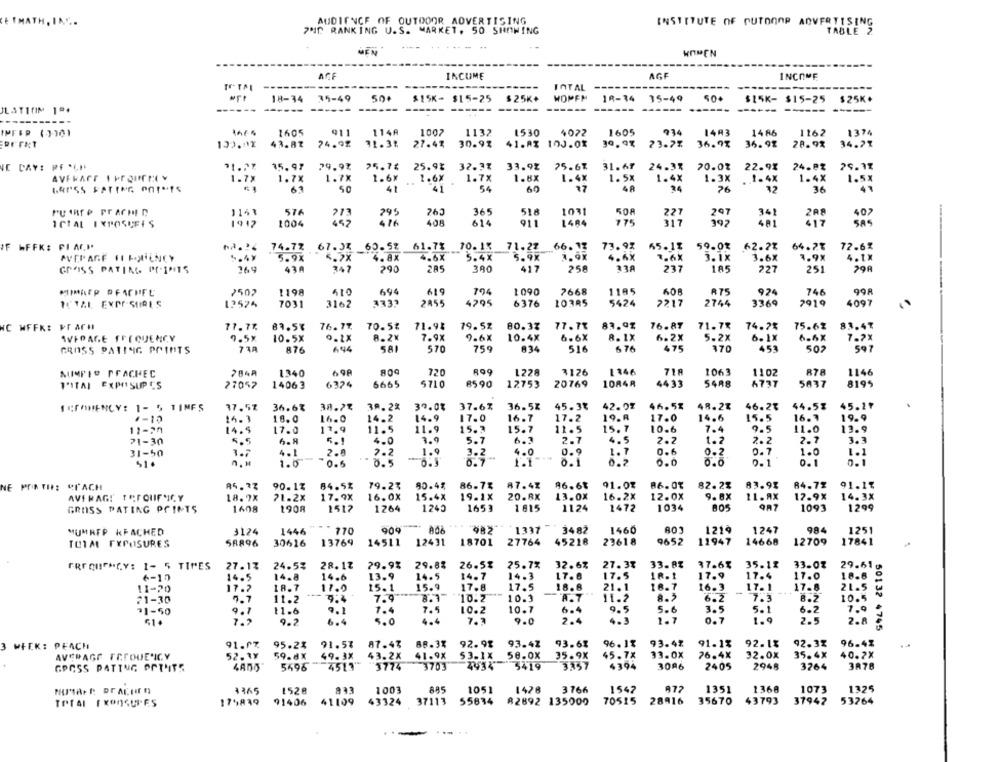
AUDIENCE OF OUTDOOR ADVERTISING
INSTITUTE OF PUTOOOR ADVERTISING
7ND RANKING U.S. MARKET. 50 SHOWING
TABLE 2
.. ..
MEN
WOMEN
AGF
INCOME
AGE
INCOME
------
---
INTAL --------
18-34
35-49
500
$15K- $15-25 $25K+
WOMEN 18-34 35-49
50+
$15K- $15-25 $25K*
------ ------ ------
-----------
IPFER (3301
1605
@11
114A
1007
1132
1530
4022
1605
234
1493
14 86
1162
1374
132.02
43.87
24.9%
31.3%
27.41
30.91
41.AZ 100.01
30.9%
23.7%
36.93
36.92
28.9%
34.21
JE CAY: PF *CH
15. 97
79.9%
25.7%
25.9%
32.3%
33.92
25.6%
31.67
24.3%
20.07
22.9%
24.8%
79.9%
AVERAGE I PROUTEY
1.7%
1.7X
1.7X
1.67
2.6X
1.7x
1.8X
1. 4X
1.5%
1.4X
1-3X
.1.4X
1.4X
1.5%
61
50
41
41
54
60
27
4A
24
76
36
43
PU IRT P PT ACHED
1141
576
295
765
365
518
1031
508
297
208
407
476
614
911
775
SAS
ICIAL EXPOSEFES
1912
1004
408
1484
197
IF MFFK: PIACI
74.7%
67.33
60.5%
61.7%
70.15
71.2%
66.17
73.9%
65.11
59.0%
62.2%
64.2%
72.61
5.47
5.9X
4.7X
4.8X
4.6X
5.4X
5.9X
3.9X
4.6X
1.6X
3.1X
4.11
3.6X
GROISS PATING POINTS
969
290
285
390
417
258
237
185
227
251
99A
2502
1198
410
694
619
194
1090
7668
1195
606
R75
924
746
12574
7031
3162
3332
2855
4795
6376
10385
5424
2217
2744
3369
7919
4097
WC WFFK: PFACH
77.71.
87.5%
76.77.
70.5%
71.94
79.5%
80.33
77.7%
83.9%
76.87
71.7%
74.2%
75.62
88.47
AVERAGE FREQUENCY
9.5x
10.5X
8.2%
7.9X
9.6%
10.4X
6.6X
8.1X
6.2X
5.2x
6 . 1X
7.7%
GROSS PATING POINTS
73A
876
694
570
759
A34
516
676
475
370
453
AUMPIO PFACHEC
1340
69A
720
1228
3126
1346
718
1063
1102
R78
1146
1"ITAI EXPOSUPCS
27057
14063
6324
6665
5710
8590
12753
20769
10848
4433
5488
A737
5637
8199
45.3%
48.2%
45.27
TECOMENCY: 1- 5 TIMES
37.5%
36.63
38.2%
39.2%
39.0%
37.63
36.58
42.0%
46.5%
46.2%
44.5%
.- 10
16.3
18.0
16.0
14.2
14.9
17.0
16.7
17.2
19.8
17.0
14.6
15.5
16.7
19.9
11-20
14.5
17.0
11.9
11.5
11.9
15.3
15.7
11.5
15.7
10.6
7.4
9.5
11.0
13.9
21-30
5.5
6.8
4.0
3.9
5.7
6.3
2.7
4.5
2.2
1.2
2.2
2.7
31-50
1.7
4.1
2.8
2.2
1.9
3.2
4.0
0.9
1.7
0.6
0.2
0.7
1.0
1.0
0.5
0.5
0.5
0.7
1.1
0.1
0.2
0.0
0.1
0. 1
NE Pr THE COACH
90.13
84.5%
79.2%
90.4%
86.7%
87.42
96.68
91.0%
86.0%
82.23
83.9%
84.72
91.1%
17.9X
16.0X
15.4X
19.1X
20.8X
13.0X
16.2X
12.0X
9.8X
11.AX
12.9X
14.3X
AVERAGE TEFOUIFNICY
18.7X
71.2X
GROSS PATING POINTS
1608
1908
1517
1264
1240
1653
1.815
1124
1472
1034
1093
1299
MUMREP KFACHED
3124
1446
770
909
1337
3482
1460
1218
1247
984
1251
58896
30616
13769
14511
12431
18701
27764
45218
23618
9652
11947
14668
12709
17841
TOIM EXPOSURES
27.17
28.17
29.9%
29.83
26.5%
25.7%
32.6%
27.37
33. 8%
37.63
35.11
33.07
29.61 .
FREQUENCY: 1- 5 TIMES
24.5%
6-10
14.5
14.8
14.6
13.9
14.5
14.7
14.3
17.6
17.5
17.9
17.4
17.0
18.8
18.7
15.1
15.9
17.8
17.5
18.8
21.1
18.7
16-3
17-1
17.8
2L.5
11-20
17.7
11.0
-
71-30
5.7
11.2
7.9"
8.1"
"10.2
10.3
A.7
11.2
6.2
7.3
8.Z
10.5
11.6
9.1
1.4
7.5
10.2
10.7
6.4
9.5
5.6
3.5
5.1
6.2
7.9
31-50
9.7
7.2
9.2
6.4
5.0
4.6
7.1
9.0
2.4
1.7
0.7
1.9
2.5
2.8
50132 4745
3 WEEK: PEACH
91.07
95.2%
91.53
87.47
88.3%
92.9%
93.42
93.61
96. 17
93.47
91.13
92.1%
92.32
96.4%
AVERAGE TATOUENICY
52.3¥
59.8x
49.3X
43.2x
41.9X
53.1X
58.0X
35.9X
45.7x
33.0X
76.4X
32.0X
35.4X
40.2X
GROSS PATING POINTS
4805"
5696
4513"
3774
3703
3419
3357
4394
3086
2405
2948
3264
3878
MHMMAre prACHEN
$365
1528
833
1003
885
1051
1428
3766
1542
972
1351
1368
1073
1325
175819
91406
41109
43324
37113
55634
82892 135000
70515
28916
35670
43793
37942
53264
TOTAL EXOnSUTES